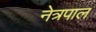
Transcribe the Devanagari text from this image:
नेत्रपाल